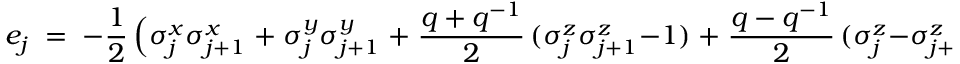
e _ { j } \; = \; - \frac 1 2 \, \Bigl ( \sigma _ { j } ^ { x } \sigma _ { j + 1 } ^ { x } \; + \; \sigma _ { j } ^ { y } \sigma _ { j + 1 } ^ { y } \; + \; \frac { q + q ^ { - 1 } } 2 \, ( \sigma _ { j } ^ { z } \sigma _ { j + 1 } ^ { z } - 1 ) \; + \; \frac { q - q ^ { - 1 } } 2 \, ( \sigma _ { j } ^ { z } - \sigma _ { j + 1 } ^ { z } ) \Bigr ) \, .